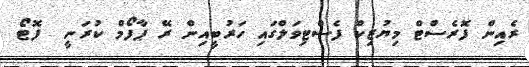
ރެއިން ފޮރެސްޓް މިޔުޒިކް ފެސްޓިވަލްގައި ހަރުބީއިން ރޭ ޕާފޯމް ކުރަނީ  ފޮޓޯ